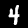
Label: 4